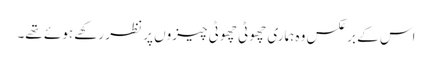
اس کے برعکس وہ ہماری چھوٹی چھوٹی چیزوں پر نظر رکھے ہوئے تھے۔